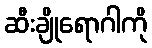
ဆီးချိုရောဂါကို